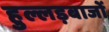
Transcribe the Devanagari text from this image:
हुल्लड़बाजों